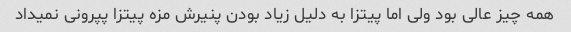
همه چیز عالی بود ولی اما پیتزا به دلیل زیاد بودن پنیرش مزه پیتزا پپرونی نمیداد